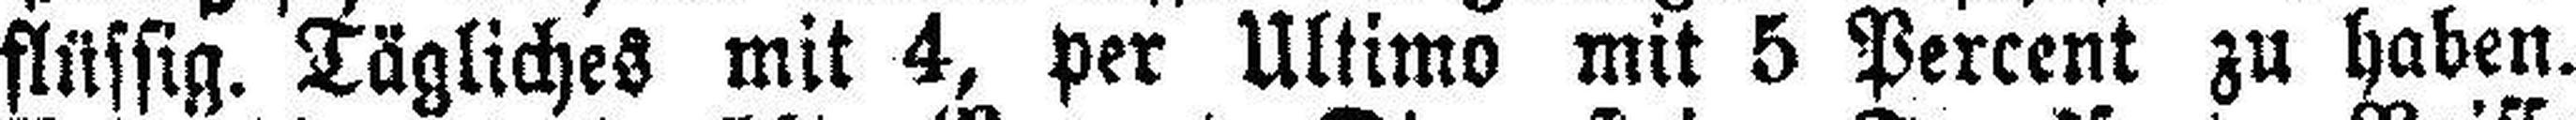
flüssig. Tägliches mit 4, per Ultimo mit 5 Percent zu haben.